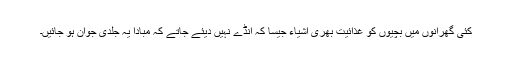
کئی گھرانوں میں بچیوں کو غذائیت بھری اشیاء جیسا کہ انڈے نہیں دیئے جاتے کہ مبادا یہ جلدی جوان ہو جائیں۔